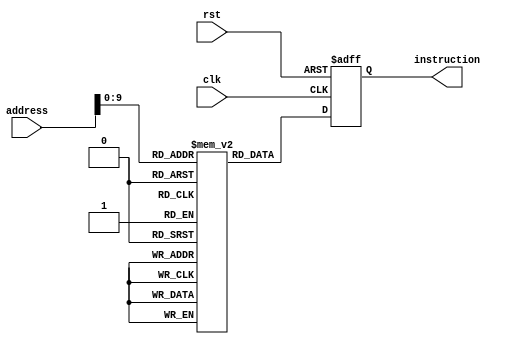
module instruct_memory (
  input [31:0] address,
  output reg [31:0] instruction,
  input clk,
  input rst
);

  reg [31:0] memory [0:1023]; 

  // any instructionss
  //you have to put always an NOP instructon after beq instruct
  initial begin
  
  memory[0]  = 32'b100000_00011_00001_00010_00000_100010; // R-type instruction (Subtract)
  memory[1]  = 32'b100000_00010_00101_01100_00000_100100; // R-type instruction (AND)
  memory[2]  = 32'b100000_00010_00110_01101_00000_100101; // R-type instruction (OR)
  memory[3]  = 32'b100000_00010_00010_01110_00000_100000; // R-type instruction (add)
  memory[4]  = 32'b101011_01111_00010_0000000000000001; // sw instruction
  memory[5]=32'b00000000000000000000000000000000; // NOP instruction
  memory[6]=32'b00000000000000000000000000000000; // NOP instruction
  memory[7]=32'b00000000000000000000000000000000; // NOP instruction
  memory[8]=32'b00000000000000000000000000000000; // NOP instruction
  memory[9]=32'b00000000000000000000000000000000; // NOP instructionx
  memory[10]=32'b00000000000000000000000000000000; // NOP instruction
    memory[11]  = 32'b100000_00011_00001_00100_00000_100000; // R-type instruction (add)
    memory[12]  = 32'b100000_00100_00101_01100_00000_101010; // R-type instruction (Set on less than)
    memory[13]  = 32'b100000_00100_00001_00010_00001_101111; // R-type instruction (shamt)

  
    memory[14]  = 32'b100011_00100_10000_0000000000000001; // lw instruction
	 memory[15]  = 32'b000100_00100_01101_0000000000000100; // beq instruction

 /*forwarding instructions
 sub $2, $3, $1
and $12, $2, $5
or $13, $2, $6
add $14, $2, $2
sw $2, 1($15)
 
add $4, $3, $1
slt $12, $4, $5
shamt $2, $4, 1
lw $16, 1($4)
beq $13, $4, address
*/
  
/*    memory[0]  = 32'b100000_00000_00001_00010_00000_100000; // R-type instruction (add)
    memory[1]  = 32'b100000_00011_10001_01010_00000_100010; // R-type instruction (Subtract)
    memory[2]  = 32'b100000_00000_00001_00010_00000_100100; // R-type instruction (AND)
memory[3]  = 32'b100000_00000_00001_00010_00000_100101; // R-type instruction (OR)
memory[4]  = 32'b100000_00000_00001_00010_00000_101010; // R-type instruction (Set on less than)
    memory[5]  = 32'b100011_01011_00010_0000000000000111; // lw instruction
    memory[6]  = 32'b101011_01001_00011_0000000000001001; // sw instruction
    memory[7]  = 32'b000100_00101_00110_0000000000000100; // beq instruction
    memory[8]=   32'b00000000000000000000000000000000; // NOP instruction
    memory[9]  = 32'b000010_00000000000000000000000010; // jump instruction
	 
	 
 add $2, $0, $1
	 sub $10, $3, $17
	 and $2, $0, $1
	 or $2, $0, $1
	 slt $2, $0, $1
	 
	 
	 lw $2, 7($11)
	 sw $3, 9($9)
	 beq $5, $6, address
	 j address
	 */
	
	 
	 
	// first 10 instructions
 
 // memory[1]  = 32'b100011_00011_00100_0000000000000001; // lw instruction 
 
 
/*     memory[0]  = 32'b100011_00001_00000_0000000000000001; // lw instruction
     memory[1]  = 32'b100000_00000_00010_00011_00000_100000; // R-type instruction (add)
	 */
	  //lw and r-type = lw $0 ,$1 (1) 
//lw and r-type = add $3 ,$0 ,$2, data dependency  


//change for sw hazard instruct to memreadwire1 in instruct mem
				 //.memread(Memread_wire1)

//add abreak between data dependency intructions
 /* 
	memory[0]  = 32'b100000_01011_01100_00111_00000_100000; // R-type instruction (add)
    memory[1]  = 32'b101011_10000_00111_0000000000000000; //sw
	*/
//add $7 ,$11 ,$12, data dependency  
 //sw $7 ,$16 (0)

/* memory[0]  = 32'b100011_01000_01011_0000000000000000; // 2nd lw instruction
 memory[1]  = 32'b100011_01011_01001_0000000000000010; // lw instruction
 //lw and lw
 
 //lw $11, 0($8)
 //lw $9, 2($11)*/
  
 
/*
	 memory[0]  = 32'b100011_01100_00011_0000000000000010; // lw instruction
	   memory[1]  = 32'b101011_01111_00011_0000000000000010; //sw
	 
	// lw & sw
//	lw $3, 2($12)
//	sw $3, 2($15)
	 
	memory[0]  = 32'b100011_01110_01111_0000000000000000; // lw instruction
	memory[1]  = 32'b100000_01111_00011_00111_00000_101010; // R-type instruction (SLT)
	lw $15, 0($14)
	slt $7, $15, $3*/

	//beq followed by lw with hazard btn=1
/*	memory[0]=32'b000100_00111_00111_0000000000000100; // beq instruction
	memory[1]=32'b00000000000000000000000000000000; // NOP instruction
	memory[2]=32'b00000000000000000000000000000000; // NOP instruction
	memory[3]=32'b00000000000000000000000000000000; // NOP instruction
	memory[4]=32'b00000000000000000000000000000000; // NOP instruction
	memory[5]  = 32'b100011_11110_01111_0000000000000000; // lw instruction
	memory[6]=32'b00000000000000000000000000000000; // NOP instruction
	 
	 beq $7, $7, jumptolwinstruct
	 NOP cycles as they will be missed in between
	 lw $15, 0($30)*/
/*
memory[0]=32'b000100_00111_00111_0000000000000100; // beq instruction
	memory[1]=32'b00000000000000000000000000000000; // NOP instruction
	memory[2]=32'b00000000000000000000000000000000; // NOP instruction
	memory[3]=32'b00000000000000000000000000000000; // NOP instruction
	memory[4]=32'b00000000000000000000000000000000; // NOP instruction
	memory[5]=32'b000010_00000000000000000000000011; // jump instruction
memory[6] = 32'b00000000000000000000000000000000; // NOP instruction
	memory[7]=32'b00000000000000000000000000000000; // NOP instruction
	memory[8]=32'b00000000000000000000000000000000; // NOP instruction
	memory[9]=32'b00000000000000000000000000000000; // NOP instruction
	memory[10]=32'b00000000000000000000000000000000; // NOP instruction
	memory[11]=32'b00000000000000000000000000000000; // NOP instruction
	memory[12]  = 32'b100011_11110_01111_0000000000000000; // lw instruction
	*//*beq $7, $7, jumptojumpinstruct
	 NOP cycles as they will be missed in between
	 jump lwaddress
	 lw $15, 0($30)*/
	
  end

  always @(posedge clk or posedge rst) begin
    if (rst) begin
      instruction <= 32'b00000000000000000000000000000000; // Reset instruction to 0
    end 
	 else 

	 begin
      instruction <= memory[address];
end		// Read instruction from memory based on address
  // end
  end

endmodule